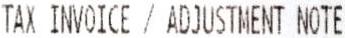
TAX INVOICE / ADJUSTMENT NOTE